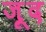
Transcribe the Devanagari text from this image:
ज़ूद